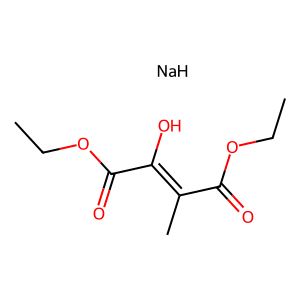
SMILES: CCOC(=O)C(C)=C(O)C(=O)OCC.[NaH]
Inhibits HIV replication: Yes